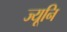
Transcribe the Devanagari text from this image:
ज्यूनि